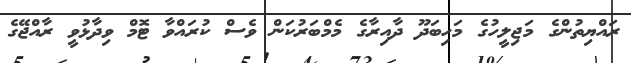
ރައްޔިތުންގެ މަޖިލީހުގެ މަހިބަދޫ ދާއިރާގެ މެމްބަރުކަން ވެސް ކުރައްވާ ޓޮމް ވިދާޅުވީ ރާއްޖޭގެ